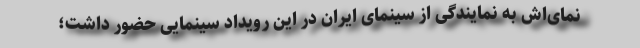
نمای‌اش به نمایندگی از سینمای ایران در این رویداد سینمایی حضور داشت؛